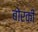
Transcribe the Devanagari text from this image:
बोरकी